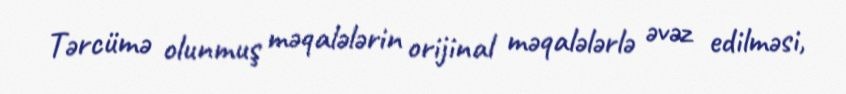
Tərcümə olunmuş məqalələrin orijinal məqalələrlə əvəz edilməsi,